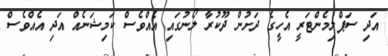
އަދި ސަޕްލިމެންޓަރީ އެހީގެ ދަށުން ދޫކުރާ ލޯނުގައި އެއްވެސް ކަމިޝަނެއް އަދި އެއްވެސް